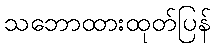
သဘောထားထုတ်ပြန်